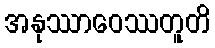
အနုဿာဝေဿတူတိ